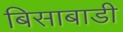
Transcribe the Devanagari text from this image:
बिसाबाडी